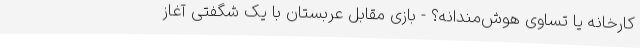
کارخانه یا تساوی هوش‌مندانه؟ - بازی مقابل عربستان با یک شگفتی آغاز